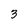
Character: 3